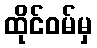
ထိုင်ဝမ်မှ